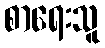
စာရေးသူ